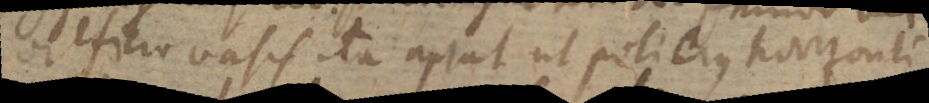
orificio vasis ita aptat ut poli ejus horizonti